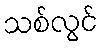
သစ်လွင်